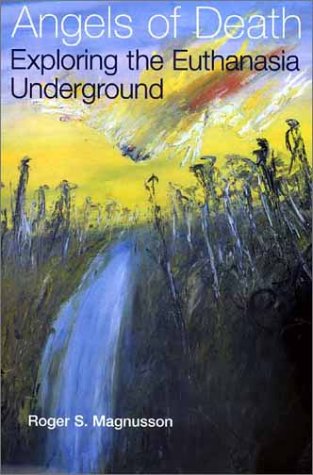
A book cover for Angels of Death: Exploring the Euthanasia Underground; Roger S. Magnusson; Medical Books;